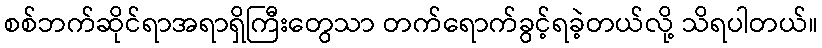
စစ်ဘက်ဆိုင်ရာအရာရှိကြီးတွေသာ တက်ရောက်ခွင့်ရခဲ့တယ်လို့ သိရပါတယ်။